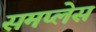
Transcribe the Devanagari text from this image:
समप्लेस